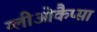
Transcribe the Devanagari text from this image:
ग्लीओकैप्सा